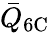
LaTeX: \bar{Q}_{\mathrm{6C}}